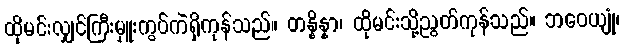
ထိုမင်းလျှင်ကြီးမှူးကွပ်ကဲရှိကုန်သည်။ တန္နိန္နာ၊ ထိုမင်းသို့ညွတ်ကုန်သည်။ ဘဝေယျုံ၊